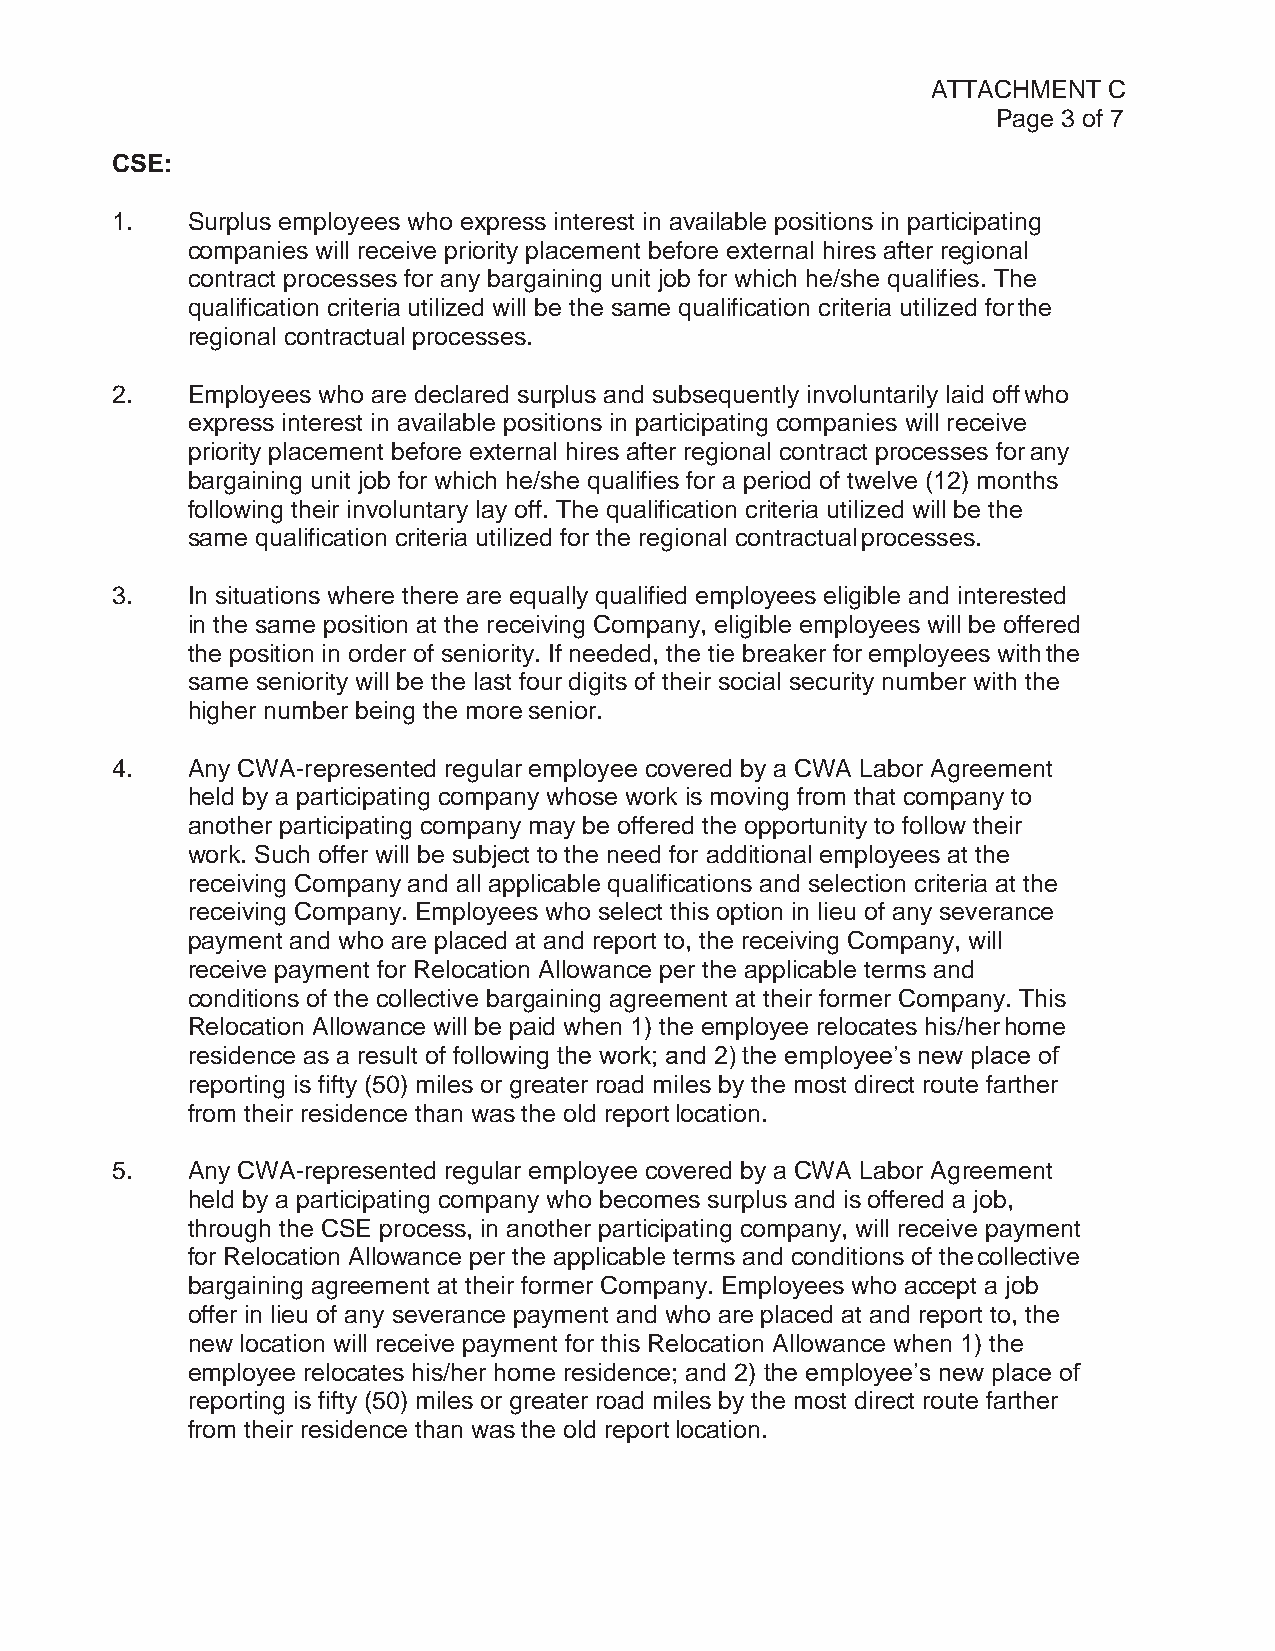
ATTACHMENT C
 Page 3 of 7
 CSE:
 1.   Surplus employees who express interest in available positions in participating
 companies will receive priority placement before external hires after regional
 contract processes for any bargaining unit job for which he/she qualifies. The
 qualification criteria utilized will be the same qualification criteria utilized for the
 regional contractual processes.
 2.   Employees who are declared surplus and subsequently involuntarily laid off who
 express interest in available positions in participating companies will receive
 priority placement before external hires after regional contract processes for any
 bargaining unit job for which he/she qualifies for a period of twelve (12) months
 following their involuntary lay off. The qualification criteria utilized will be the
 same qualification criteria utilized for the regional contractual processes.
 3.   In situations where there are equally qualified employees eligible and interested
 in the same position at the receiving Company, eligible employees will be offered
 the position in order of seniority. If needed, the tie breaker for employees with the
 same seniority will be the last four digits of their social security number with the
 higher number being the more senior.
 4.   Any CWA-represented regular employee covered by a CWA Labor Agreement
 held by a participating company whose work is moving from that company to
 another participating company may be offered the opportunity to follow their
 work. Such offer will be subject to the need for additional employees at the
 receiving Company and all applicable qualifications and selection criteria at the
 receiving Company. Employees who select this option in lieu of any severance
 payment and who are placed at and report to, the receiving Company, will
 receive payment for Relocation Allowance per the applicable terms and
 conditions of the collective bargaining agreement at their former Company. This
 Relocation Allowance will be paid when 1) the employee relocates his/her home
 residence as a result of following the work; and 2) the employee’s new place of
 reporting is fifty (50) miles or greater road miles by the most direct route farther
 from their residence than was the old report location.
 5.   Any CWA-represented regular employee covered by a CWA Labor Agreement
 held by a participating company who becomes surplus and is offered a job,
 through the CSE process, in another participating company, will receive payment
 for Relocation Allowance per the applicable terms and conditions of the collective
 bargaining agreement at their former Company. Employees who accept a job
 offer in lieu of any severance payment and who are placed at and report to, the
 new location will receive payment for this Relocation Allowance when 1) the
 employee relocates his/her home residence; and 2) the employee’s new place of
 reporting is fifty (50) miles or greater road miles by the most direct route farther
 from their residence than was the old report location.